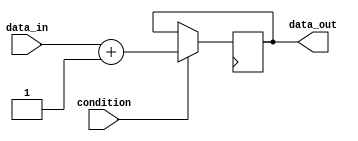
module generate_while_loop_block (
  input wire condition,
  input wire [7:0] data_in,
  output reg [7:0] data_out
);

always @(posedge clk) begin
  if (condition) begin
    data_out <= data_in + 1;
  end
end

endmodule